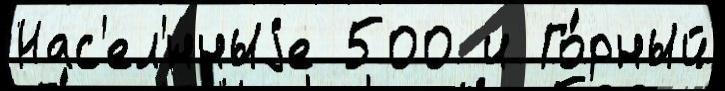
Нас'ел'́нныjе 500 и Го́рный